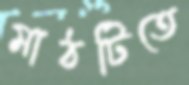
মাঠটিতে